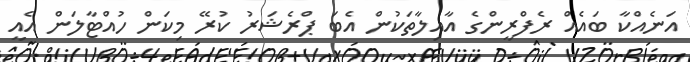
އަނެއްކާ ބައެއް ރެފްރީންގެ އާއިލާތަކުން އެބަ ޕްރެޝަރު ކުރޭ މިކަން ހުއްޓާލަން އެއީ